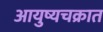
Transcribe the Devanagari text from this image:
आयुष्यचक्रात